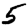
Digit: 5